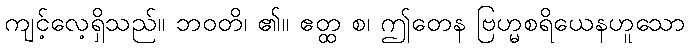
ကျင့်လေ့ရှိသည်။ ဘဝတိ၊ ၏။ ဧတ္ထ စ၊ ဤတေန ဗြဟ္မစရိယေနဟူသော